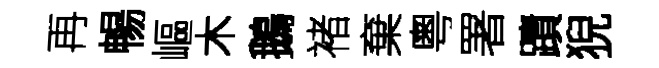
再暢嶇木鵝褚棄粵署蹟猊